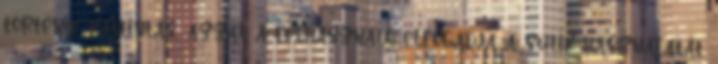
történik kattintás, azzal a felhasználó elfogadja a sütik használatát.